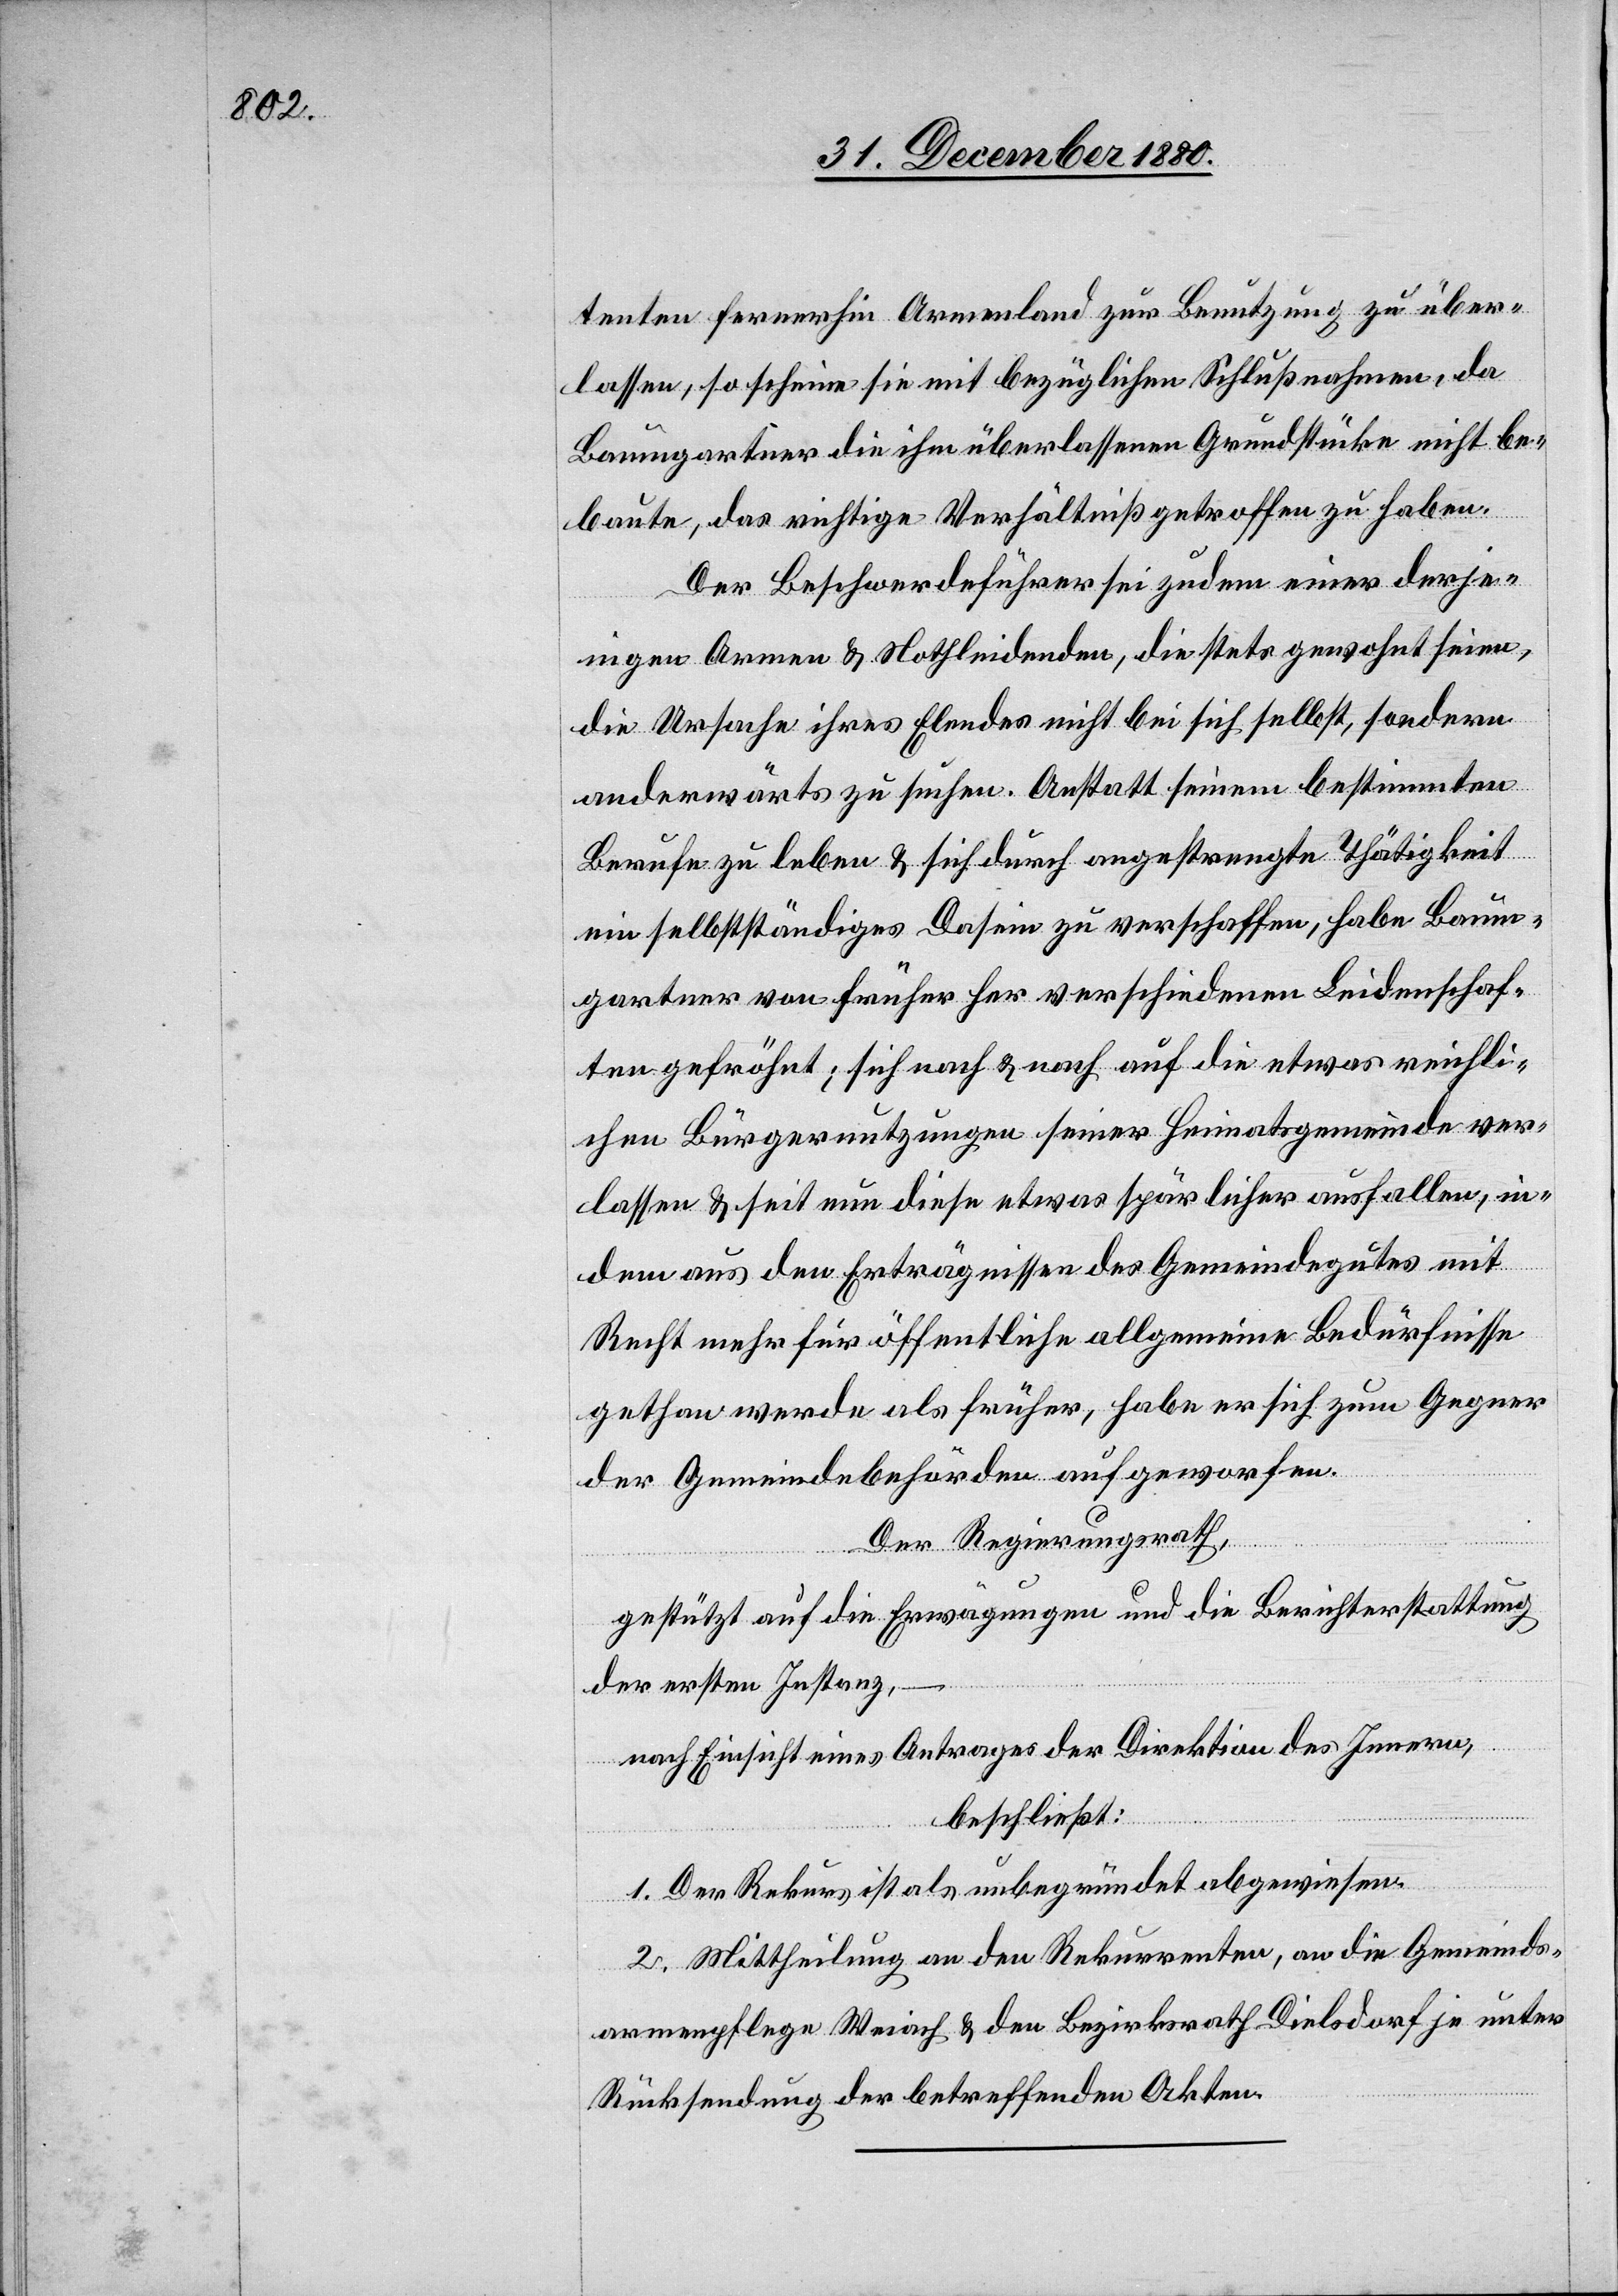
tenten fernerhin Armenland zur Benutzung zu über¬
lassen, so scheine sie mit bezüglichen Schlußnahmen, da
Baumgartner die ihm überlassenen Grundstücke nicht be¬
baute, das richtige Verhältniß getroffen zu haben.
Der Beschwerdeführer sei zudem einer derje¬
nigen Armen & Nothleidenden, die stets gewohnt seien,
die Ursache ihres Elendes nicht bei sich selbst, sondern
anderwärts zu suchen. Anstatt seinem bestimmten
Berufe zu leben & sich durch angestrengte Thätigkeit
ein selbstständiges Dasein zu verschaffen, habe Baum¬
gartner von früher her verschiedenen Leidenschaf¬
ten gefröhnt; sich nach & nach auf die etwas reichli¬
chen Bürgernutzungen seiner Heimatsgemeinde ver¬
lassen & seit nun diese Etwas spärlicher ausfallen, in¬
dem aus den Erträgnissen des Gemeindegutes mit
Recht mehr für öffentliche allgemeine Bedürfnisse
gethan werde als früher, habe er sich zum Gegner
der Gemeindebehörden aufgeworfen.
Der Regierungsrath,
gestützt auf die Erwägungen und die Berichterstattung
der ersten Instanz,
nach Einsicht eines Antrages der Direktion des Innern,
beschließt:
1. Der Rekurs ist als unbegründet abgewiesen.
2. Mittheilung an den Rekurrenten, an die Gemeinds¬
armenpflege Weiach & den Bezirksrath Dielsdorf je unter
Rücksendung der betreffenden Akten.